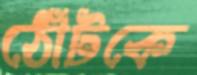
ঠোঁটকে